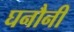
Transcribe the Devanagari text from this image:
घनौनी